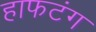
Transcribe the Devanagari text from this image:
हाफटंग